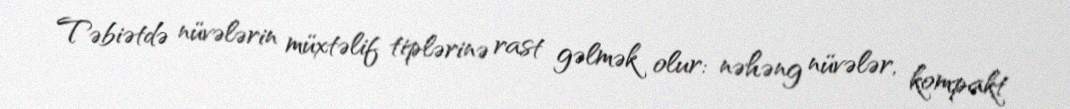
Təbiətdə nüvələrin müxtəlif tiplərinə rast gəlmək olur: nəhəng nüvələr, kompakt